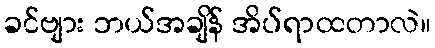
ခင်ဗျား ဘယ်အချိန် အိပ်ရာထတာလဲ။